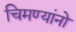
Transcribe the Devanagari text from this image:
चिमण्यांनो